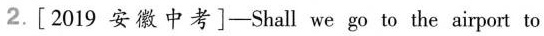
2.[ 2019 安 徽 中 考 ]-Shall we go to the airport to